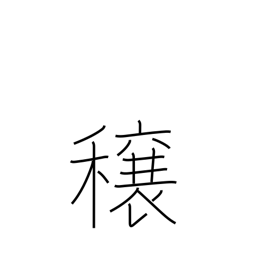
Meaning: good crops